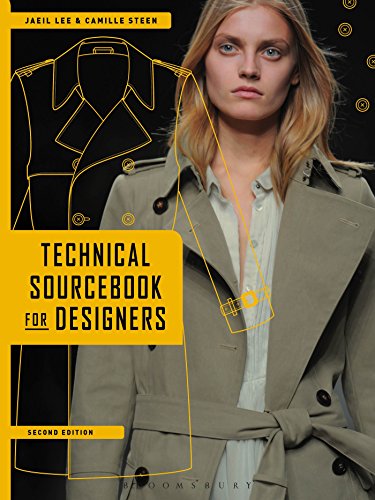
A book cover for Technical Sourcebook for Designers; Jaeil Lee; Arts & Photography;